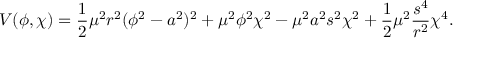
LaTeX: V ( \phi , \chi ) = \frac { 1 } { 2 } \mu ^ { 2 } r ^ { 2 } ( \phi ^ { 2 } - a ^ { 2 } ) ^ { 2 } + \mu ^ { 2 } \phi ^ { 2 } \chi ^ { 2 } - \mu ^ { 2 } a ^ { 2 } s ^ { 2 } \chi ^ { 2 } + \frac { 1 } { 2 } \mu ^ { 2 } \frac { s ^ { 4 } } { r ^ { 2 } } \chi ^ { 4 } .